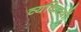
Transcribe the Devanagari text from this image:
व्यकित्यों